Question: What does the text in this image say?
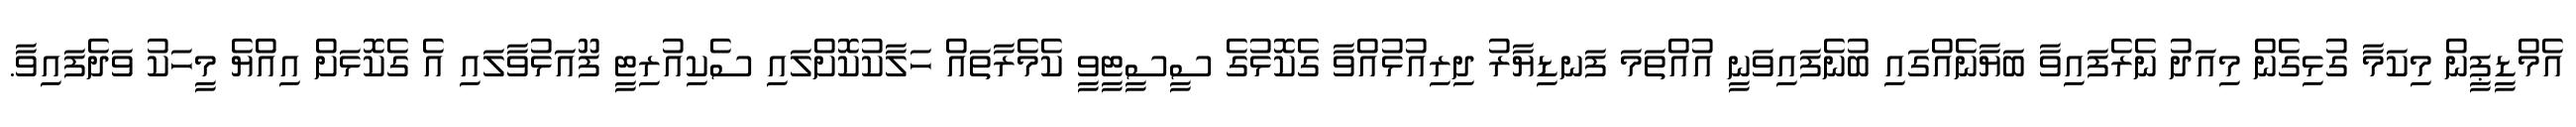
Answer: އެމްޑީޕީން މިކަމާ ގުޅިގެން މިއަދު ނެރެފައިވާ ބަޔާނެއްގައި ބުނެފައިވަނީ އުއްތަމަ ފަނޑިޔާރު ދިރިއުޅުއްވާ ގެކޮޅުގެ ސީސީޓީވީ ކެމެރާތައް ހަލާކުކޮށްލައި ސެކިއުރިޓީ ފޫއަޅުވާލައި އެ ގެކޮޅަށް އިއްޔެ މީހަކު ވަދެފައިވާ.